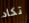
تكاد